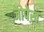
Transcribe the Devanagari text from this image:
जोपेख़